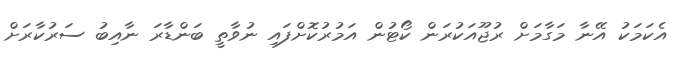
އެކަމަކު އޭނާ މަގާމަށް ރުޖޫއަކުރަން ކޯޓުން އަމުރުކޮށްފައި ނުވާތީ ބަންޑާރަ ނާއިބު ސަރުކާރަށް